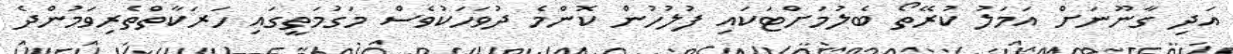
އަދި ގާނޫނަށް އަމަލު ކުރޭތޯ ބެލުމަށްޓަކައި ފުލުހުން ކޮންމެ ދުވަހަކުވެސް މަގުމަތީގައި ހަރަކާތްތެރިވަމުންދެ